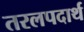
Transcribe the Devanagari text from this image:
तरलपदार्थ